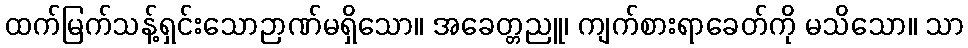
ထက်မြက်သန့်ရှင်းသောဉာဏ်မရှိသော။ အခေတ္တညူ၊ ကျက်စားရာခေတ်ကို မသိသော။ သာ